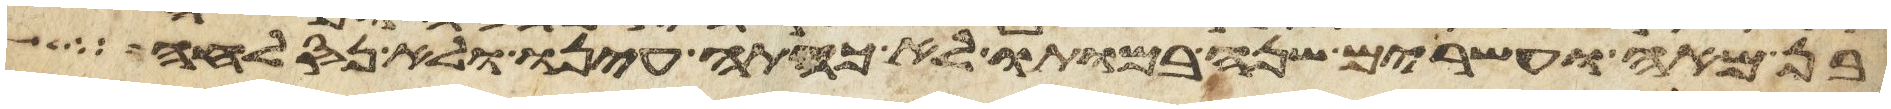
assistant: בן מאה ועשרים שנה במותו לא כהתה עינו ולא נס לחה